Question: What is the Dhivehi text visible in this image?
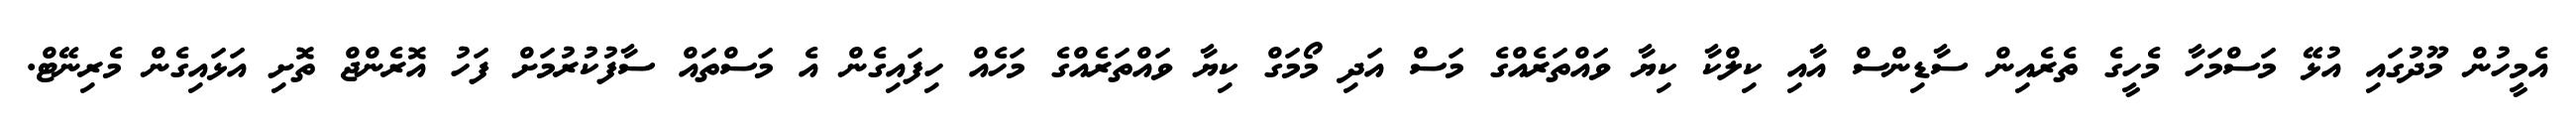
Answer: އެމީހުން މޫދުގައި އުޅޭ މަސްމަހާ މެހީގެ ތެރެއިން ސާޑިންސް އާއި ކިލްކާ ކިޔާ ވައްތަރެއްގެ މަސް އަދި މޯމަގް ކިޔާ ވައްތަރެއްގެ މަހެއް ހިފައިގެން އެ މަސްތައް ސާފުކުރުމަށް ފަހު އޮރެންޖް ތޮށި އަޅައިގެން މެރިނޭޓް.